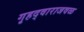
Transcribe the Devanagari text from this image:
गृहद्वाराजवळ